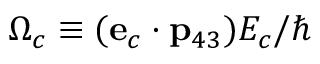
\Omega _ { c } \equiv ( { \bf e } _ { c } \cdot { \bf p } _ { 4 3 } ) { \cal E } _ { c } / \hbar